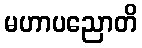
မဟာပညောတိ